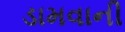
ડામવાની